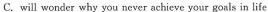
C. will wonder why you never achieve your goals in life